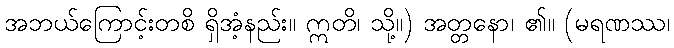
အဘယ်ကြောင့်းတစိ ရှိအံ့နည်း။ ဣတိ၊ သို့။) အတ္တနော၊ ၏။ (မရဏဿ၊